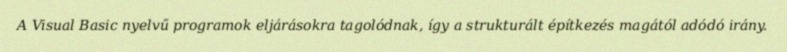
A Visual Basic nyelvű programok eljárásokra tagolódnak, így a strukturált építkezés magától adódó irány.